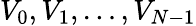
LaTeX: V_{0},V_{1},\dots,V_{N-1}